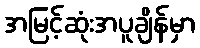
အမြင့်ဆုံးအပူချိန်မှာ